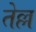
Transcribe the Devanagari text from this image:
तेल्ल